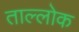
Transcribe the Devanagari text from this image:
ताल्लोक